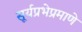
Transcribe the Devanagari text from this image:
सूर्यप्रभेप्रमाणे